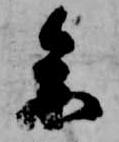
参